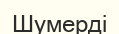
Шумерді